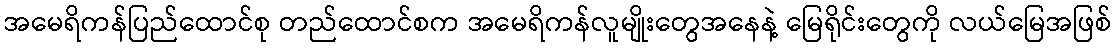
အမေရိကန်ပြည်ထောင်စု တည်ထောင်စက အမေရိကန်လူမျိုးတွေအနေနဲ့ မြေရိုင်းတွေကို လယ်မြေအဖြစ်